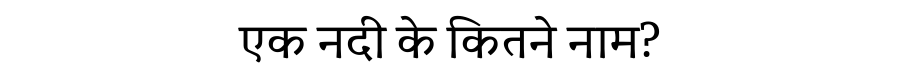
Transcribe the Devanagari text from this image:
एक नदी के कितने नाम?